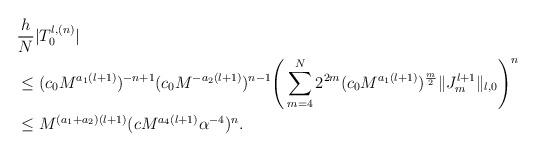
LaTeX: \begin{align*}&\frac{h}{N}|T_0^{l,(n)}|\\&\le (c_0 M^{a_1(l+1)})^{-n+1}(c_0 M^{-a_2(l+1)})^{n-1}\Bigg(\sum_{m=4}^N2^{2m}(c_0 M^{a_1(l+1)})^{\frac{m}{2}}\|J_{m}^{l+1}\|_{l,0}\Bigg)^n\\&\le M^{(a_1+a_2)(l+1)}(c M^{a_4(l+1)}\alpha^{-4})^n.\end{align*}